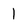
Character: 1